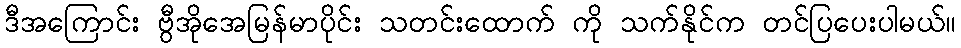
ဒီအကြောင်း ဗွီအိုအေမြန်မာပိုင်း သတင်းထောက် ကို သက်နိုင်က တင်ပြပေးပါမယ်။